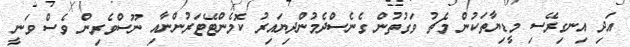
އަދި އިނގިރޭސި މީޑިޔާތަކުން މެޗު ވަގުތުން ގެނެސްދެމުންދިޔައިރު ކޮމެންޓޭޓަރުންނާއި ނޫސްވެރިން ވެސް ވަނީ